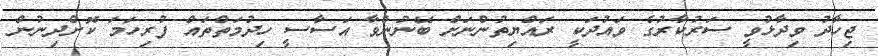
ޖިހާދު ވިދާޅުވީ ސަރުކާރުގެ ވައުދަކީ ރައްޔިތުންނަށް ބޭނުންވާ އަސާސީ ހިދުމަތްތައް ފުރިހަމަ ކޮށްދިނުން